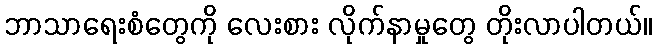
ဘာသာရေးစံတွေကို လေးစား လိုက်နာမှုတွေ တိုးလာပါတယ်။